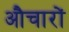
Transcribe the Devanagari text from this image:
औचारों